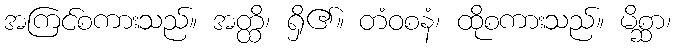
အကြင်စကားသည်။ အတ္ထိ၊ ရှိ၏။ တံဝစနံ၊ ထိုစကားသည်။ မိစ္ဆာ၊